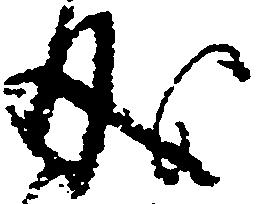
成